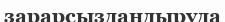
зарарсыздандыруда